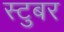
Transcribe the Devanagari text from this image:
स्टुबर